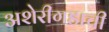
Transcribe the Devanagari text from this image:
अशेरीगडाची